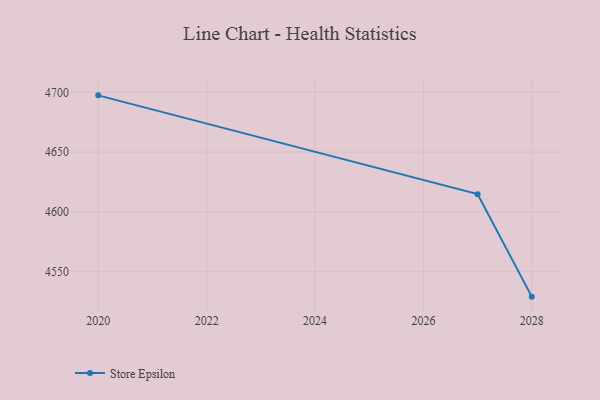
{"axis": {"x": "Year", "y": "Market Share (%)"}, "legend": ["Store Epsilon"], "data": [{"x": "2028", "y": 4528.8, "type": "Store Epsilon"}, {"x": "2027", "y": 4614.7, "type": "Store Epsilon"}, {"x": "2020", "y": 4697.5, "type": "Store Epsilon"}]}